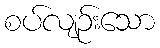
စပ်လျဉ်းသော